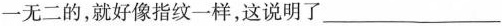
一无二的，就好像指纹一样，这说明了_______